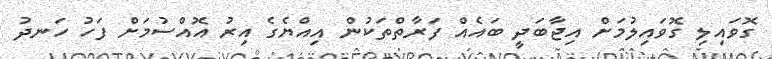
ގޮވައިލި ގޮވައިލުމަށް އިޖާބަދީ ބައެއް ފަރާތްތަކުން އިއްޔެގެ އިރު އޮއްސުމަށް ފަހު ހަނދު